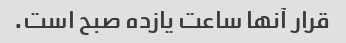
قرار آنها ساعت یازده صبح است.